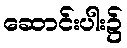
ဆောင်းပါး၌